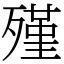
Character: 殣